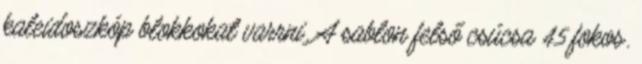
kaleidoszkóp blokkokat varrni. A sablon felső csúcsa 45 fokos.